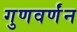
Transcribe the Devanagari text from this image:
गुणवर्णंन